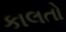
કાલતો